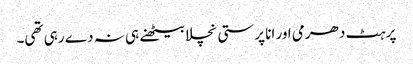
پر ہٹ دھرمی اور انا پرستی نچلا بیٹھنے ہی نہ دے رہی تھی۔